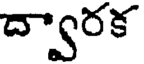
ద్వారక